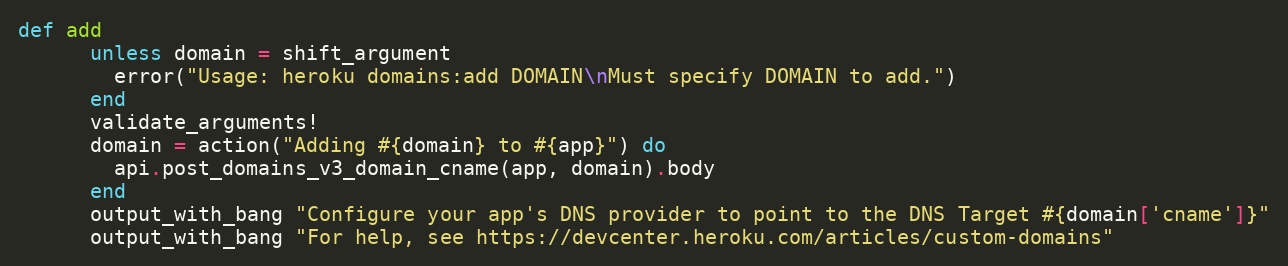
Language: Ruby
def add
      unless domain = shift_argument
        error("Usage: heroku domains:add DOMAIN\nMust specify DOMAIN to add.")
      end
      validate_arguments!
      domain = action("Adding #{domain} to #{app}") do
        api.post_domains_v3_domain_cname(app, domain).body
      end
      output_with_bang "Configure your app's DNS provider to point to the DNS Target #{domain['cname']}"
      output_with_bang "For help, see https://devcenter.heroku.com/articles/custom-domains"